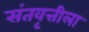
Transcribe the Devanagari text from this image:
संतवृत्तीला